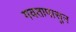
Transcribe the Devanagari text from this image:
गवतापासुन